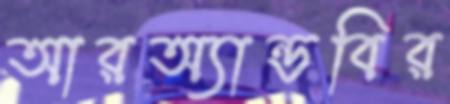
আরঅ্যান্ডবির